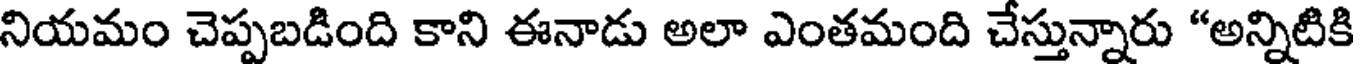
నియమం చెప్పబడింది కాని ఈనాడు అలా ఎంతమంది చేస్తున్నారు "అన్నిటికి